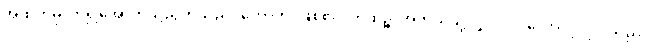
အထက်မှလာ၍အောက်သို့ညွတ်သည်။ ဟောတိ၊ ဖြစ်၏။ ကထဉ္စ၊ အဘယ်သို့လျှင်။ ပုဂ္ဂလော၊ ပုဂ္ဂိုလ်သည်။